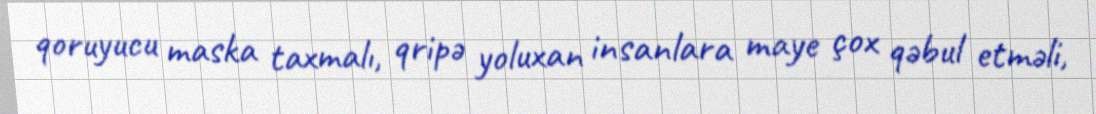
qoruyucu maska taxmalı, qripə yoluxan insanlara maye çox qəbul etməli,